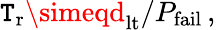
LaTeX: \mathtt{T}_{\mathrm{{r}}}\simeqd_{\mathrm{{lt}}}/P_{\mathrm{{fail}}}\, ,